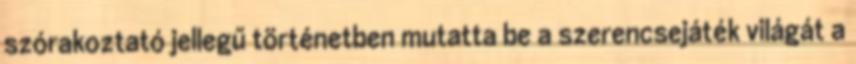
szórakoztató jellegű történetben mutatta be a szerencsejáték világát a